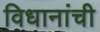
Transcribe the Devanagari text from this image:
विधानांची